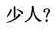
多少人?